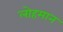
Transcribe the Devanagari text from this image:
लोहमान